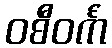
ဝစီဝင်္ကံ